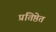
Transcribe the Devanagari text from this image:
प्रतिष्ठेत